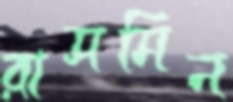
রাসমিন